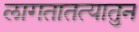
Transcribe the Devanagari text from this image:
लागतातत्यातुन